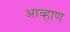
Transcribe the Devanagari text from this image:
आव्हाण